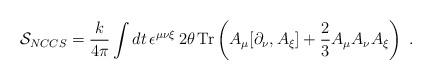
LaTeX: \begin{align*}{\cal S}_{NCCS}=\frac{k}{4\pi} \int dt \, \epsilon^{\mu \nu \xi}\, 2\theta\,{\rm Tr}\left(A_{\mu} [\partial_{\nu}, A_{\xi}]+\frac{2}{3} A_{\mu} A_{\nu} A_{\xi}\right)~.\end{align*}